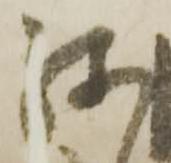
我